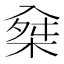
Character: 𣔕